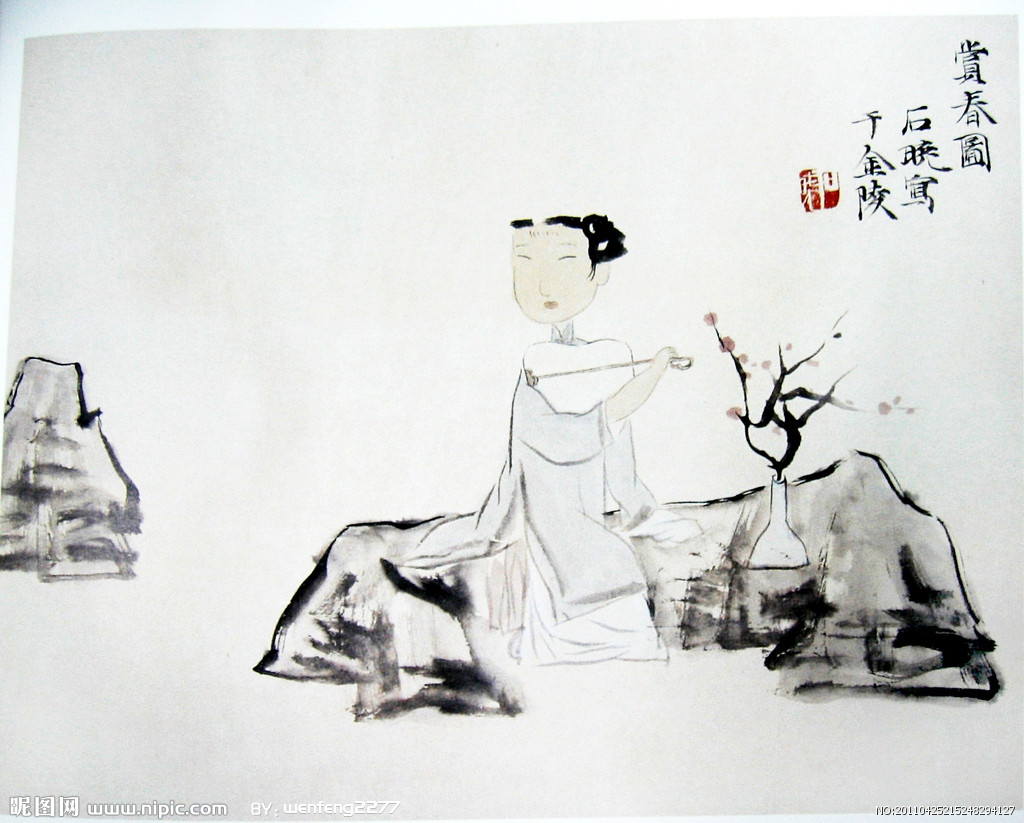
以权利合者，权利尽而交疏。